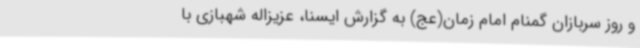
و روز سربازان گمنام امام زمان(عج) به گزارش ایسنا، عزیزاله شهبازی با